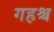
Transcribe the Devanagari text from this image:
गहश्च